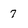
Character: 7